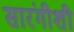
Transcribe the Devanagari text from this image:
सारंगीशी